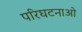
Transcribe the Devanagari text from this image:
परिघटनाओ